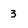
Character: 3